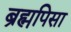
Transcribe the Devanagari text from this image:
ब्रह्मपिसा